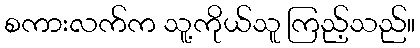
စကားလက်က သူ့ကိုယ်သူ ကြည့်သည်။